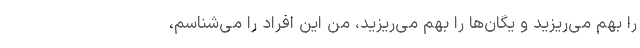
را بهم می‌ریزید و یگان‌ها را بهم می‌ریزید، من این افراد را می‌شناسم،